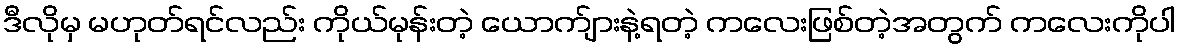
ဒီလိုမှ မဟုတ်ရင်လည်း ကိုယ်မုန်းတဲ့ ယောက်ျားနဲ့ရတဲ့ ကလေးဖြစ်တဲ့အတွက် ကလေးကိုပါ